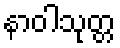
နာဝါသုတ္တ